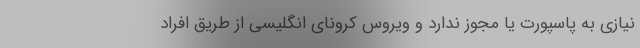
نیازی به پاسپورت یا مجوز ندارد و ویروس کرونای انگلیسی از طریق افراد